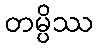
တမ္ပိဿ